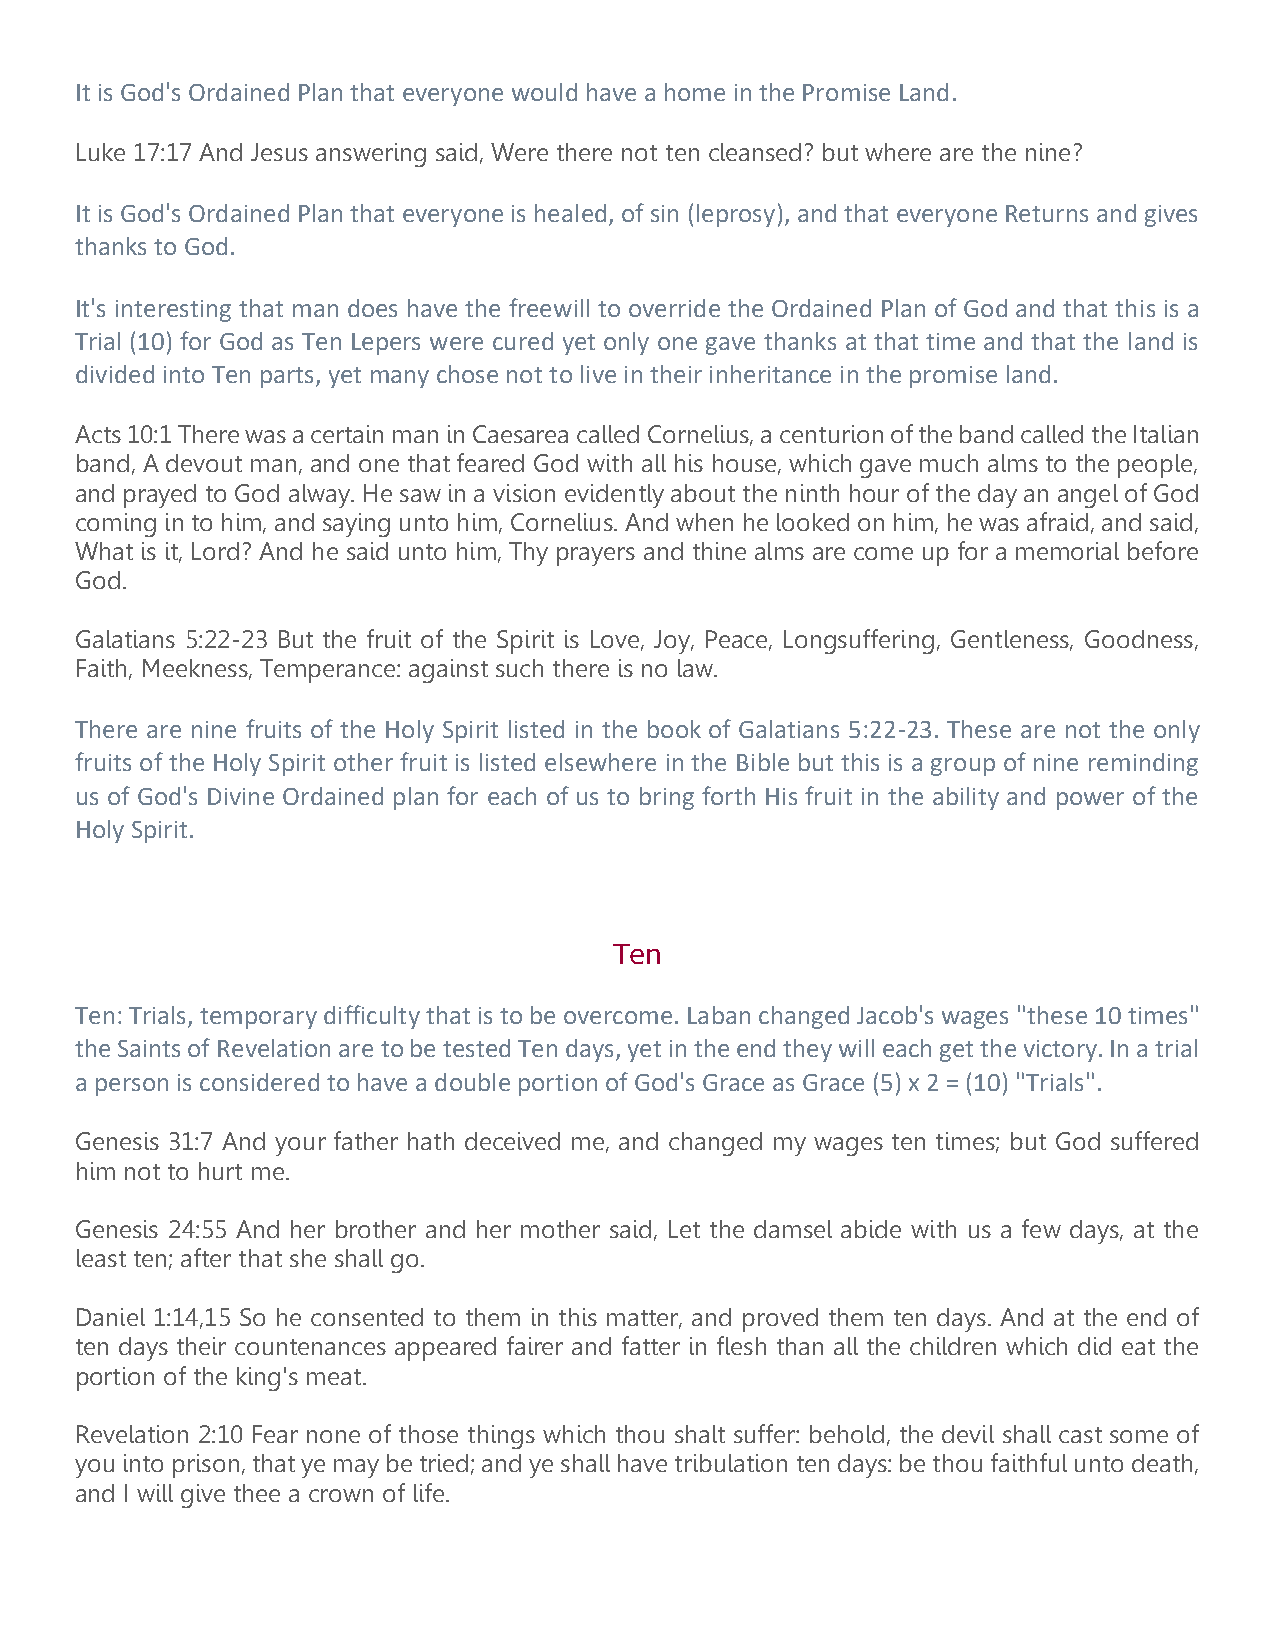
It is God's Ordained Plan that everyone would have a home in the Promise Land.
 Luke 17:17 And Jesus answering said, Were there not ten cleansed? but where are the nine?
 It is God's Ordained Plan that everyone is healed, of sin (leprosy), and that everyone Returns and gives
 thanks to God.
 It's interesting that man does have the freewill to override the Ordained Plan of God and that this is a
 Trial (10) for God as Ten Lepers were cured yet only one gave thanks at that time and that the land is
 divided into Ten parts, yet many chose not to live in their inheritance in the promise land.
 Acts 10:1 There was a certain man in Caesarea called Cornelius, a centurion of the band called the Italian
 band, A devout man, and one that feared God with all his house, which gave much alms to the people,
 and prayed to God alway. He saw in a vision evidently about the ninth hour of the day an angel of God
 coming in to him, and saying unto him, Cornelius. And when he looked on him, he was afraid, and said,
 What is it, Lord? And he said unto him, Thy prayers and thine alms are come up for a memorial before
 God.
 Galatians 5:22-23 But the fruit of the Spirit is Love, Joy, Peace, Longsuffering, Gentleness, Goodness,
 Faith, Meekness, Temperance: against such there is no law.
 There are nine fruits of the Holy Spirit listed in the book of Galatians 5:22-23. These are not the only
 fruits of the Holy Spirit other fruit is listed elsewhere in the Bible but this is a group of nine reminding
 us of God's Divine Ordained plan for each of us to bring forth His fruit in the ability and power of the
 Holy Spirit.
 Ten
 Ten: Trials, temporary difficulty that is to be overcome. Laban changed Jacob's wages "these 10 times"
 the Saints of Revelation are to be tested Ten days, yet in the end they will each get the victory. In a trial
 a person is considered to have a double portion of God's Grace as Grace (5) x 2 = (10) "Trials".
 Genesis 31:7 And your father hath deceived me, and changed my wages ten times; but God suffered
 him not to hurt me.
 Genesis 24:55 And her brother and her mother said, Let the damsel abide with us a few days, at the
 least ten; after that she shall go.
 Daniel 1:14,15 So he consented to them in this matter, and proved them ten days. And at the end of
 ten days their countenances appeared fairer and fatter in flesh than all the children which did eat the
 portion of the king's meat.
 Revelation 2:10 Fear none of those things which thou shalt suffer: behold, the devil shall cast some of
 you into prison, that ye may be tried; and ye shall have tribulation ten days: be thou faithful unto death,
 and I will give thee a crown of life.